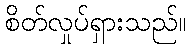
စိတ်လှုပ်ရှားသည်။